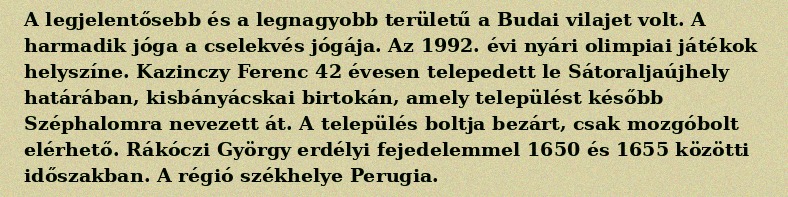
A legjelentősebb és a legnagyobb területű a Budai vilajet volt. A harmadik jóga a cselekvés jógája. Az 1992. évi nyári olimpiai játékok helyszíne. Kazinczy Ferenc 42 évesen telepedett le Sátoraljaújhely határában, kisbányácskai birtokán, amely települést később Széphalomra nevezett át. A település boltja bezárt, csak mozgóbolt elérhető. Rákóczi György erdélyi fejedelemmel 1650 és 1655 közötti időszakban. A régió székhelye Perugia.